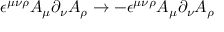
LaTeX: \epsilon ^ { \mu \nu \rho } A _ { \mu } \partial _ { \nu } A _ { \rho } \to - \epsilon ^ { \mu \nu \rho } A _ { \mu } \partial _ { \nu } A _ { \rho }